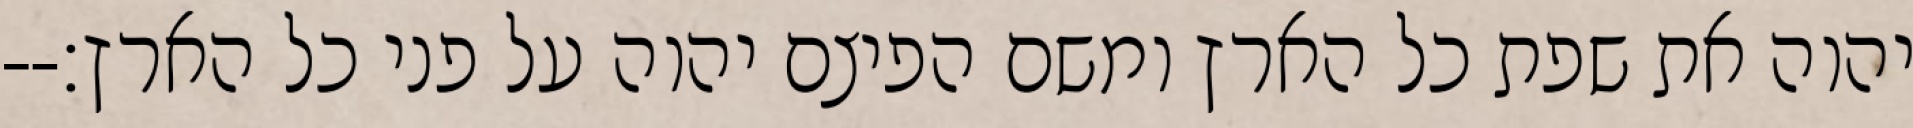
יהוה את שפת כל הארץ ומשם הפיצם יהוה על פני כל הארץ׃--